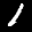
Label: 1